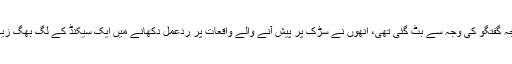
وہ لوگ جن کی توجہ گفتگو کی وجہ سے بٹ گئی تھی، انھوں نے سڑک پر پیش آنے والے واقعات پر ردِعمل دکھانے میں ایک سیکنڈ کے لگ بھگ زیادہ وقت صرف کیا۔